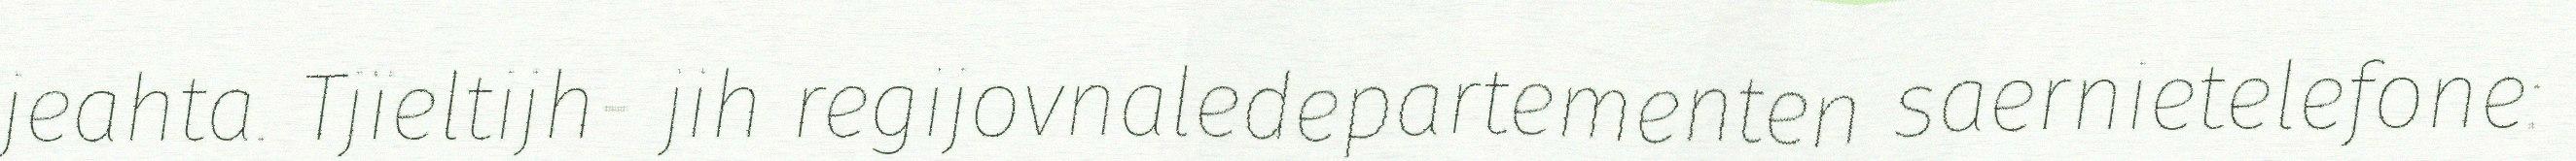
jeahta. Tjïeltijh- jih regijovnaledepartementen saernietelefone: